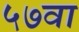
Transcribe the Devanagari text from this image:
५७वा